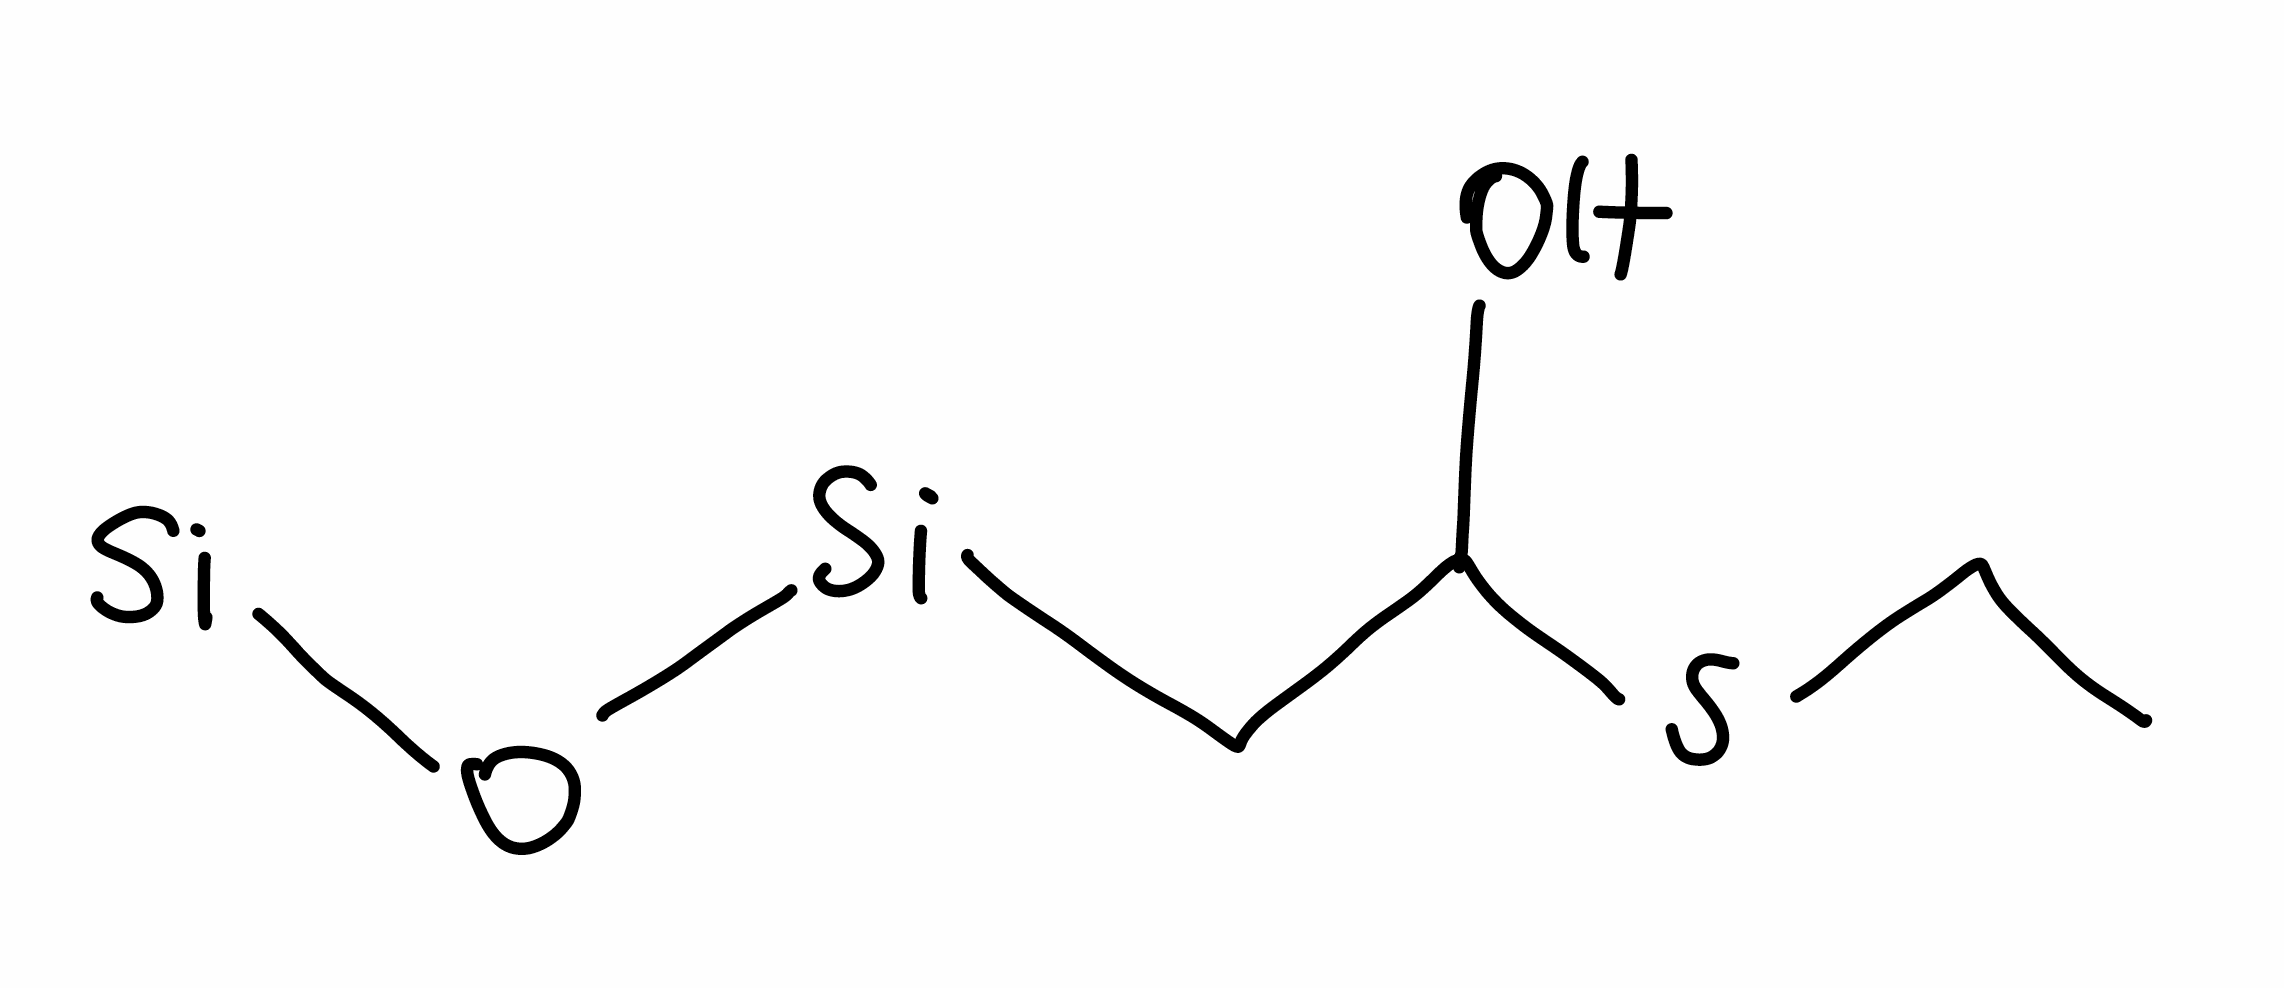
Simplified molecular-input line-entry system (SMILES) notation of the given molecule:
CCSC(C[Si]O[Si])O